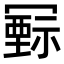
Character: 𥛛